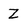
Character: Z